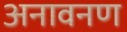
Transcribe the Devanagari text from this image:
अनावनण